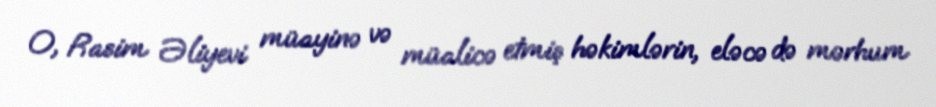
O, Rasim Əliyevi müayinə və müalicə etmiş həkimlərin, eləcə də mərhum